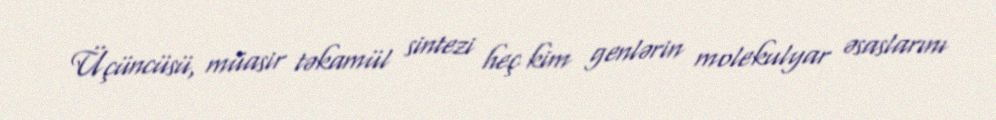
Üçüncüsü, müasir təkamül sintezi heç kim genlərin molekulyar əsaslarını